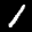
Label: 1